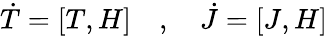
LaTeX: {\dot{T}}=\left[T,H\right]\quad,\quad{\dot{J}}=\left[J,H\right]